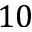
1 0